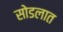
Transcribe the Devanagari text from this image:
सोडलात